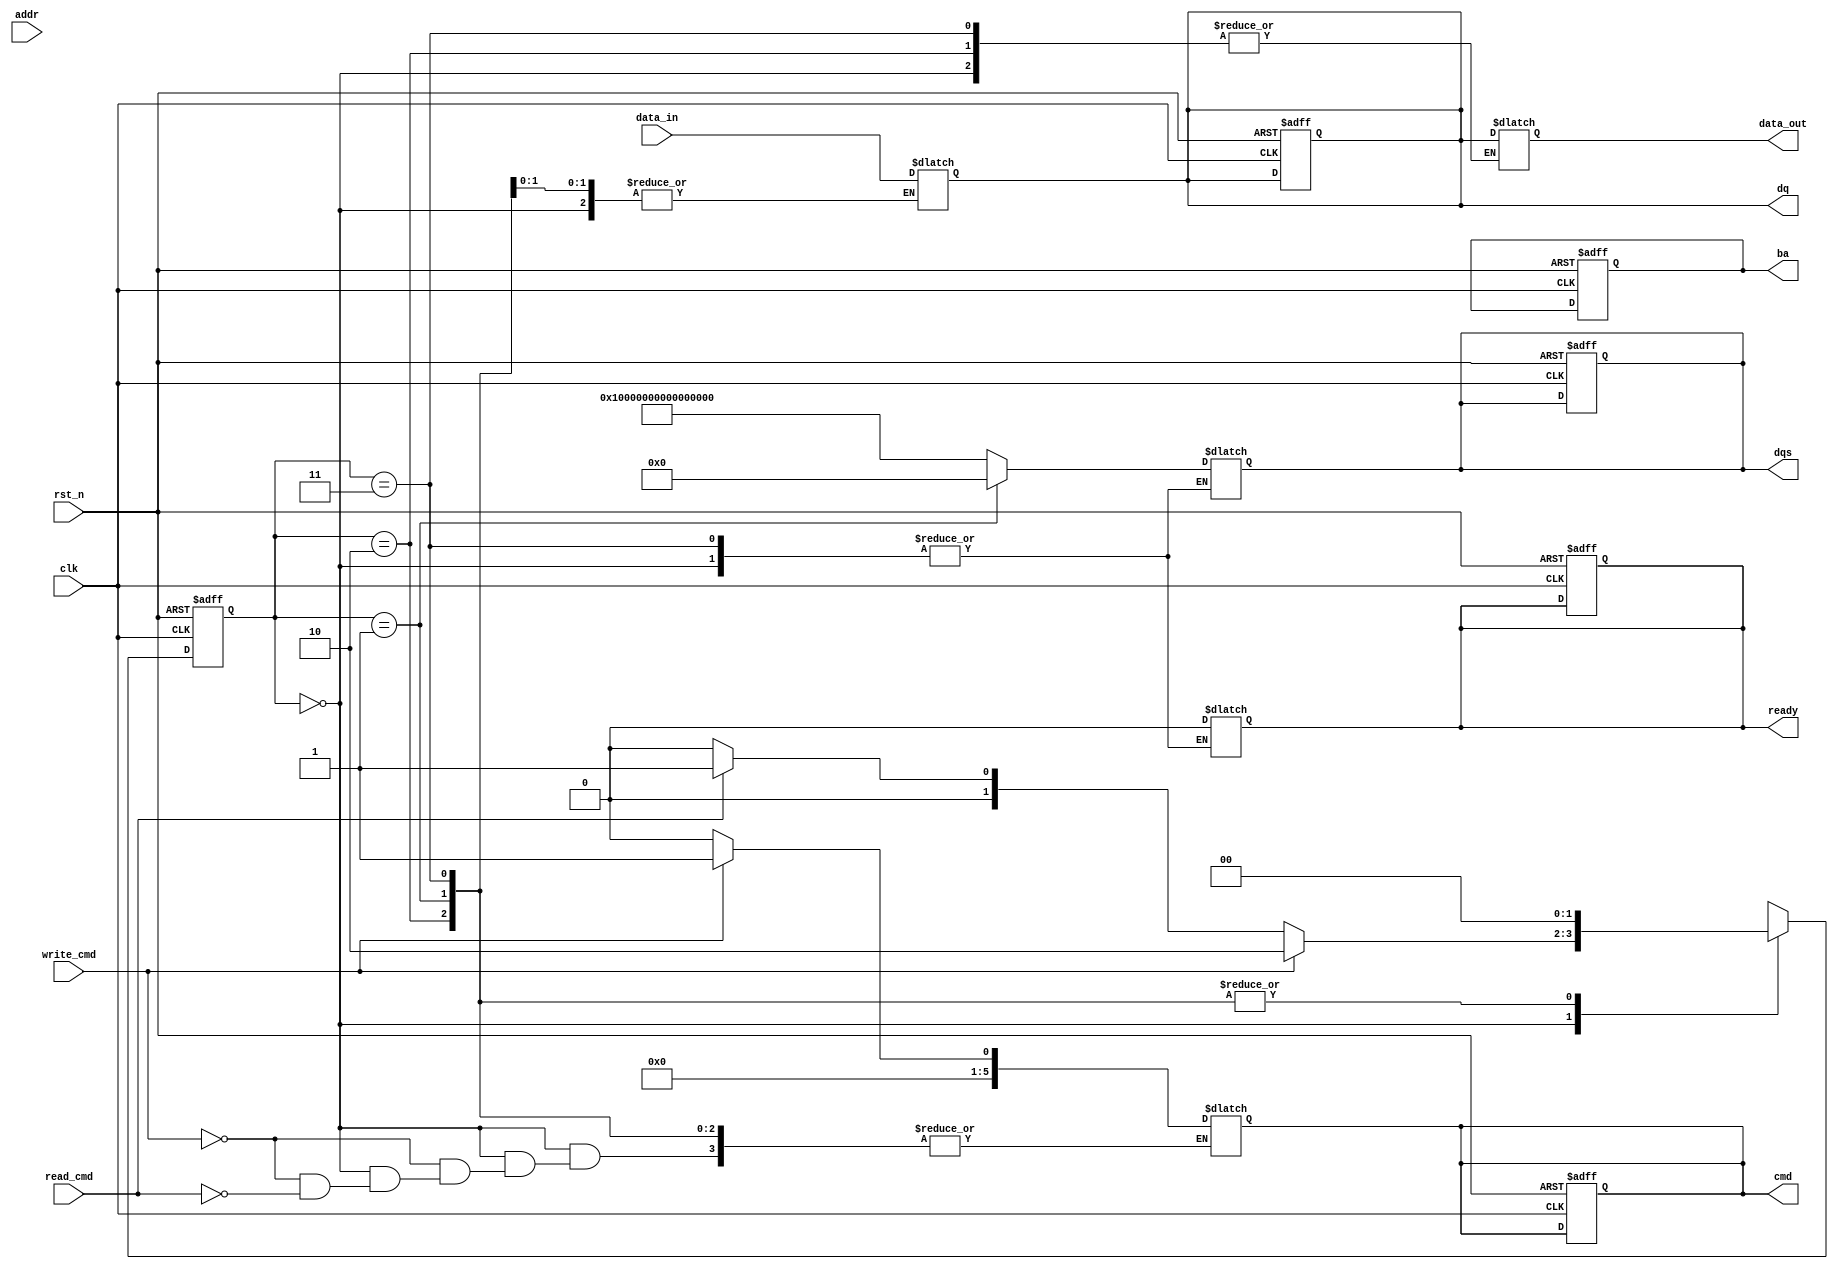
module gddr_io_block #(
    parameter DATA_WIDTH = 64,            // Configurable data bus width (32, 64, etc.)
    parameter BURST_LENGTH = 8,            // Configurable burst length (4, 8, 16)
    parameter ADDRESS_WIDTH = 32,          // Address width for row and column addressing
    parameter GDDR_TYPE = 6                // GDDR type (5, 6, etc.)
)(
    input wire clk,                        // Main clock input
    input wire rst_n,                      // Active low reset
    input wire [ADDRESS_WIDTH-1:0] addr,  // Address input
    input wire [DATA_WIDTH-1:0] data_in,  // Data input for write operations
    output reg [DATA_WIDTH-1:0] data_out, // Data output for read operations
    input wire read_cmd,                   // Read command signal
    input wire write_cmd,                  // Write command signal
    output reg ready,                      // Ready signal to indicate operation completion
    output reg [GDDR_TYPE-1:0] cmd,       // Command signal for GDDR (READ/WRITE/PRECHARGE)
    output reg [DATA_WIDTH-1:0] dqs,      // Data strobe signal
    output reg [DATA_WIDTH-1:0] dq,       // Data signal to GDDR
    output reg [ADDRESS_WIDTH-1:0] ba     // Bank address signal
);

    // States for command execution
    localparam IDLE = 2'b00;
    localparam READ = 2'b01;
    localparam WRITE = 2'b10;
    localparam PRECHARGE = 2'b11;

    reg [1:0] state, next_state;

    // Timing logic could be added here for phase alignment, etc.

    // State Machine for Command Execution
    always @(posedge clk or negedge rst_n) begin
        if (!rst_n) begin
            state <= IDLE;
            ready <= 1'b1;
            cmd <= 0;
            dqs <= 0;
            dq <= 0;
            ba <= 0;
        end else begin
            state <= next_state;
        end
    end

    always @(*) begin
        case (state)
            IDLE: begin
                if (write_cmd) begin
                    next_state = WRITE;
                    cmd = 2'b01; // WRITE command
                end else if (read_cmd) begin
                    next_state = READ;
                    cmd = 2'b00; // READ command
                end else begin
                    next_state = IDLE;
                end
            end

            WRITE: begin
                dq = data_in; // Send data to GDDR
                dqs = {DATA_WIDTH{1'b1}}; // Drive data strobe high
                ready = 1'b0; // Operation in progress
                next_state = IDLE; // Transition back to IDLE after operation
            end

            READ: begin
                data_out = dq; // Receive data from GDDR
                dqs = {DATA_WIDTH{1'b0}}; // Drive data strobe low
                ready = 1'b0; // Operation in progress
                next_state = IDLE; // Transition back to IDLE after operation
            end

            PRECHARGE: begin
                // Implement precharge logic here
                next_state = IDLE; // Transition back to IDLE
            end

            default: next_state = IDLE;
        endcase
    end

    // Additional features such as ECC, burst mode, and power management
    // would be implemented in separate modules or additional logic here.
    
endmodule